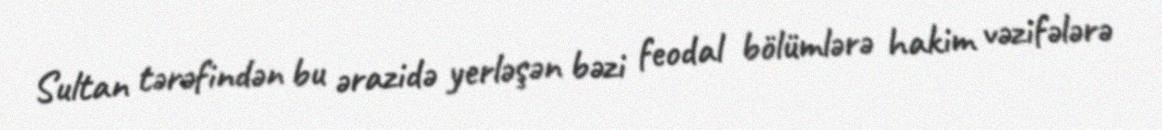
Sultan tərəfindən bu ərazidə yerləşən bəzi feodal bölümlərə hakim vəzifələrə